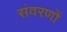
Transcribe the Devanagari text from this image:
संवरणों